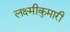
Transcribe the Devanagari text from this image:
लक्ष्मीकुमारी